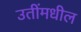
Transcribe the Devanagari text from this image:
उतींमधील